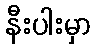
နီးပါးမှာ